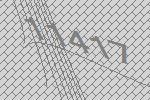
11417